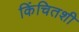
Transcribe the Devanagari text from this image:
किंचितशी